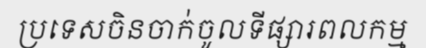
ប្រទេសចិនចាក់ចូលទីផ្សារពលកម្ម